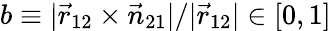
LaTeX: b\equiv|\vec{r}_{12}\times\vec{n}_{21}|/|\vec{r}_{12}|\in[0,1]